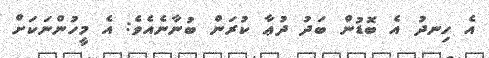
އެ ހިނދު އެ ބޮޑުން ބަދު ދުޢާ ކުރަން ބުނާނެއެވެ: އެ މީހުންނަކަށް